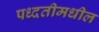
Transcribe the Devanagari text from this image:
पध्दतीमधील